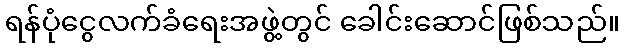
ရန်ပုံငွေလက်ခံရေးအဖွဲ့တွင် ခေါင်းဆောင်ဖြစ်သည်။